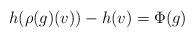
LaTeX: \begin{align*}h(\rho(g)(v))-h(v)=\Phi(g)\end{align*}